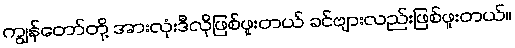
ကျွန်တော်တို့ အားလုံးဒီလိုဖြစ်ဖူးတယ် ခင်ဗျားလည်းဖြစ်ဖူးတယ်။